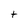
Character: t